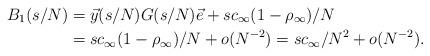
LaTeX: \begin{align*}B_1(s/N) &= \vec{y}(s/N)G(s/N)\vec{e} + sc_\infty(1-\rho_\infty)/N\\&= sc_\infty(1 - \rho_\infty)/N + o(N^{-2}) = sc_\infty /N^2 + o(N^{-2}).\end{align*}